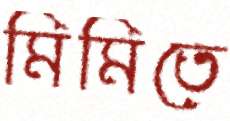
মিমিতে